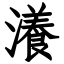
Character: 瀁